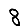
Digit: 8